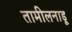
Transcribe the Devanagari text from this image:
तामीलनाडू